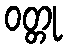
ဝတ္တု